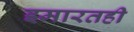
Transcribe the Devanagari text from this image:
इमारतही